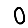
Digit: 0